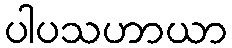
ပါပသဟာယာ